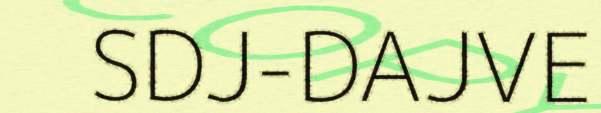
SDJ-DAJVE